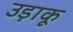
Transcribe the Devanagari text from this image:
उड़ाकू